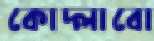
কোদ্‌লাবো